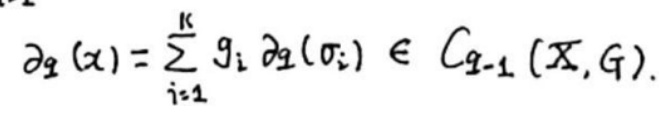
\[
\partial_q (x)=\sum_{i = 1}^{k} g_i \partial_q (\sigma_i) \in C_{q - 1}(X, G).
\]